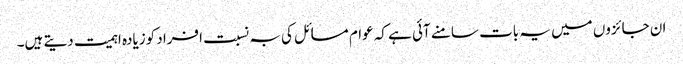
ان جائزوں میں یہ بات سامنے آئی ہے کہ عوام مسائل کی بہ نسبت افراد کوزیادہ اہمیت دیتے ہیں۔